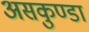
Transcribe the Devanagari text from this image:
असकुण्डा